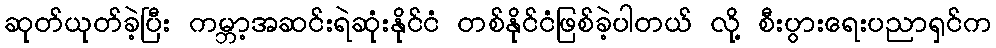
ဆုတ်ယုတ်ခဲ့ပြီး ကမ္ဘာ့အဆင်းရဲဆုံးနိုင်ငံ တစ်နိုင်ငံဖြစ်ခဲ့ပါတယ် လို့ စီးပွားရေးပညာရှင်က